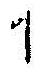
1